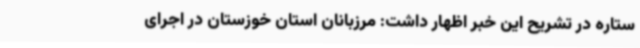
ستاره در تشریح این خبر اظهار داشت: مرزبانان استان خوزستان در اجرای